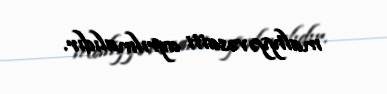
maliyyə vəsaiti ayrılmalıdır.